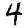
Digit: 4